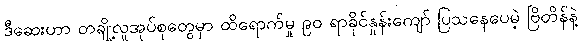
ဒီဆေးဟာ တချို့လူအုပ်စုတွေမှာ ထိရောက်မှု ၉၀ ရာခိုင်နှုန်းကျော် ပြသနေပေမဲ့ ဗြိတိန်နဲ့